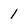
Character: l